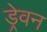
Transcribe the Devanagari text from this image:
ड्रेवन